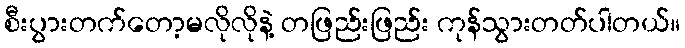
စီးပွားတက်တော့မလိုလိုနဲ့ တဖြည်းဖြည်း ကုန်သွားတတ်ပါတယ်။